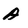
Character: A